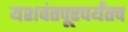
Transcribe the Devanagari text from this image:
यशवंतपूरपर्यंतच